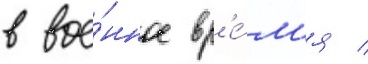
в вое́нное вр'е́м'я /